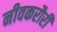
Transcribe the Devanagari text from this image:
नीवकरौरी